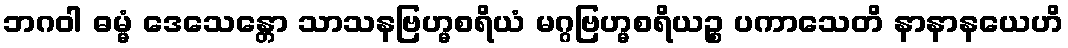
ဘဂဝါ ဓမ္မံ ဒေသေန္တော သာသနဗြဟ္မစရိယံ မဂ္ဂဗြဟ္မစရိယဉ္စ ပကာသေတိ နာနာနယေဟိ